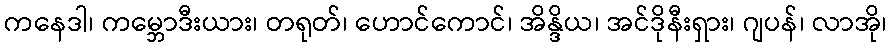
ကနေဒါ၊ ကမ္ဘောဒီးယား၊ တရုတ်၊ ဟောင်ကောင်၊ အိန္ဒိယ၊ အင်ဒိုနီးရှား၊ ဂျပန်၊ လာအို၊